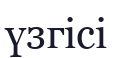
үзгісі